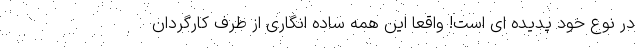
در نوع خود پدیده ای است! واقعا این همه ساده انگاری از طرف کارگردان